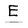
Character: E